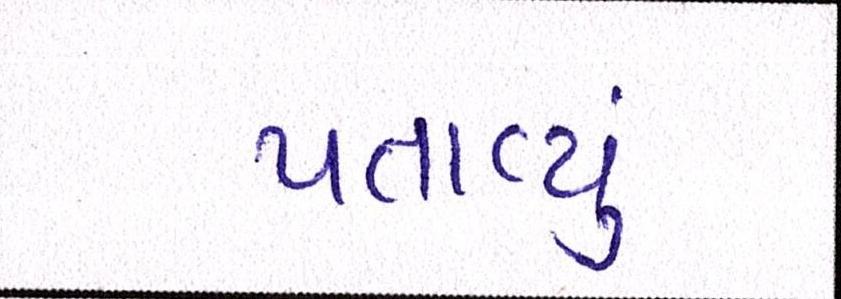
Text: પતાવ્યું